Report on the working of the Ranchi Indian Mental Hospital, Kanke, in Bihar and Orissa - 1930-1940
Year: 1930
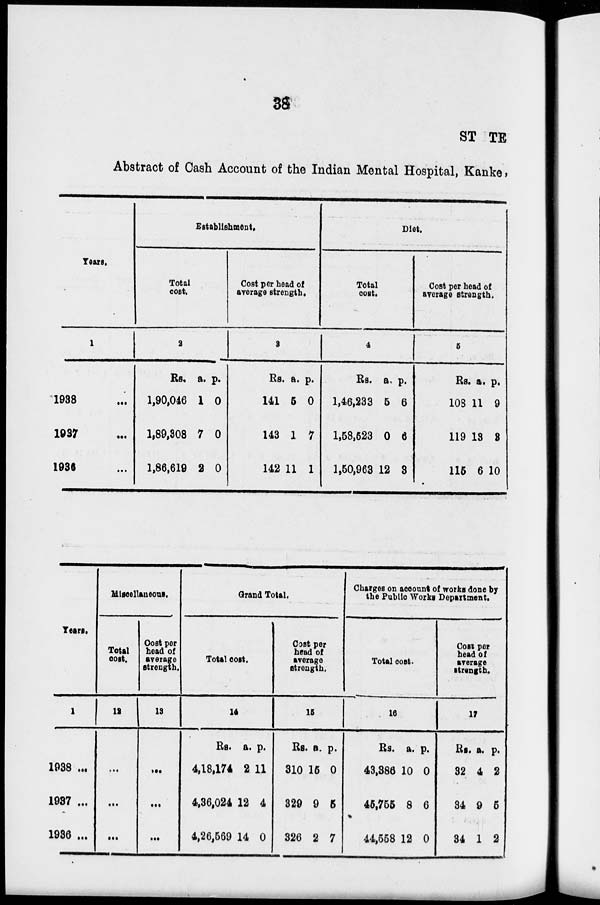
38
STATE
Abstract of Cash Account of the Indian Mental Hospital, Kanke,
Years.
1
1938 ...
1937 ...
1936 ...
Establishment.
Total
cost.
2
Rs.
1,90,046
1,89,308
1,86,619
a.
1
7
2
p.
0
0
0
Cost per head of
average strength.
3
Rs.
141
143
142
a.
5
1
11
p.
0
7
1
Diet.
Total
cost.
4
Rs.
1,46,233
1,58,523
1,50,963
a.
5
0
12
p.
6
6
3
Cost per head of
average strength.
5
Rs.
108
119
115
a.
11
13
6
p.
9
3
10
Years.
1
1938 ...
1937 ...
1936 ...
Miscellaneous.
Total
cost.
12
...
...
...
Cost per
head of
average
strength.
13
...
...
...
Grand Total.
Total cost.
14
Rs.
4,18,174
4,36,024
4,26,569
a.
2
12
14
p.
11
4
0
Cost per
head of
average
strength.
15
Rs.
310
329
326
a.
15
9
2
p.
0
5
7
Charges on account of works done by
the Public Works Department.
Total cost.
16
Rs.
43,386
45,755
44,558
a.
10
8
12
p.
0
6
0
Cost per
head of
average
strength.
17
Rs.
32
34
34
a.
4
9
1
p.
2
6
2